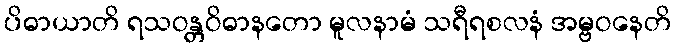
ပိဓာယာတိ ရသဝန္တဝိဓာနတော မူလနာမံ သရီရစလနံ အမ္ဗဝနေတိ